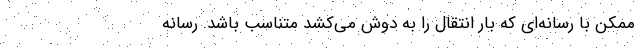
ممکن با رسانه‌ای که بار انتقال را به دوش می‌کشد متناسب باشد. رسانه